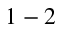
1 - 2